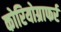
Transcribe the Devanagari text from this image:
कोरियोग्राफर्र